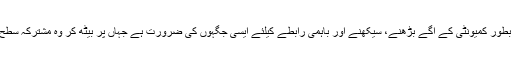
فری لانسرز کو بطور کمیونٹی کے آگے بڑھنے، سیکھنے اور باہمی رابطے کیلئے ایسی جگہوں کی ضرورت ہے جہاں پر بیٹھ کر وہ مشترکہ سطح پر کام کرسکیں۔